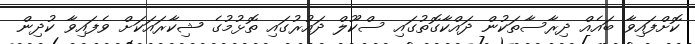
ކޮށްފައިވާ ބައެއް ދިރާސާތަކުން ދައްކާގޮތުގައި ސްކޫލް ދައުރުގައި ތޮޅުމުގެ ޝިކާރައަކަށް ވެފައިވާ ކުދިން